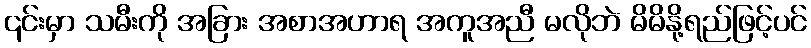
၎င်းမှာ သမီးကို အခြား အစာအဟာရ အကူအညီ မလိုဘဲ မိမိနို့ရည်ဖြင့်ပင်